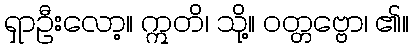
ရှာဦးလော့။ ဣတိ၊ သို့။ ဝတ္တဗ္ဗော၊ ၏။